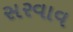
સરવાવ